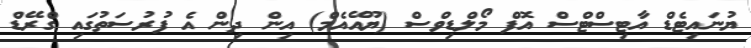
ޔުނައިޓެޑް އާޓިސްޓްސް އޮފް މޯލްޑިވްސް (ޔޫއޭއެމް) އިން ދިން އެ ފުރުސަތުގައި ގްރޭޑް